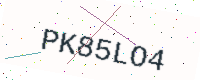
Text: PK85LO4